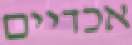
אכדיים